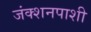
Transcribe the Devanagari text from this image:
जंक्शनपाशी